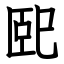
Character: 巸